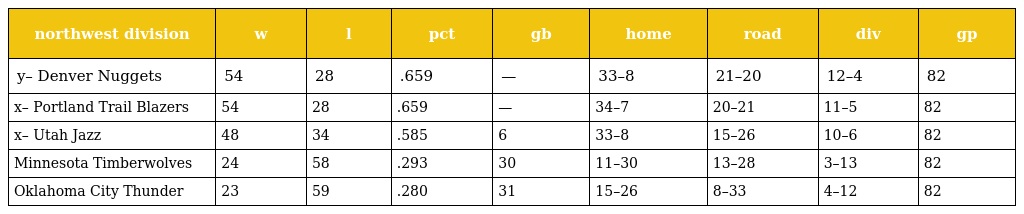
| northwest division | w | l | pct | gb | home | road | div | gp |
 | --- | --- | --- | --- | --- | --- | --- | --- | --- |
 | y– Denver Nuggets | 54 | 28 | .659 | — | 33–8 | 21–20 | 12–4 | 82 |
 | x– Portland Trail Blazers | 54 | 28 | .659 | — | 34–7 | 20–21 | 11–5 | 82 |
 | x– Utah Jazz | 48 | 34 | .585 | 6 | 33–8 | 15–26 | 10–6 | 82 |
 | Minnesota Timberwolves | 24 | 58 | .293 | 30 | 11–30 | 13–28 | 3–13 | 82 |
 | Oklahoma City Thunder | 23 | 59 | .280 | 31 | 15–26 | 8–33 | 4–12 | 82 |